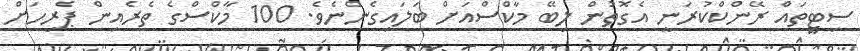
ސިޓީތައް ރޭންކްކުރަނީ އެގޮތުން ލިބޭ މާކްސްއަށް ބަލައިގެންނެވެ. 100 މާކްސްގެ ތެރެއިން ޕެރިހަށް